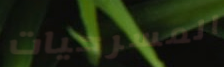
المسرحيات